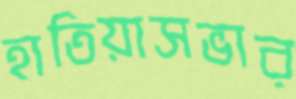
হাতিয়াসভার